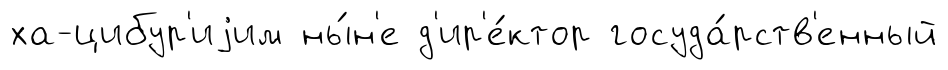
ха-цибур'иjим ны́н'е д'ир'е́ктор госуда́рств'енный